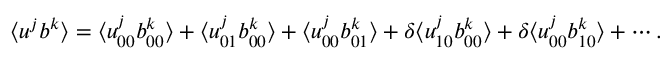
\langle { u ^ { j } b ^ { k } } \rangle = \langle { u _ { 0 0 } ^ { j } b _ { 0 0 } ^ { k } } \rangle + \langle { u _ { 0 1 } ^ { j } b _ { 0 0 } ^ { k } } \rangle + \langle { u _ { 0 0 } ^ { j } b _ { 0 1 } ^ { k } } \rangle + \delta \langle { u _ { 1 0 } ^ { j } b _ { 0 0 } ^ { k } } \rangle + \delta \langle { u _ { 0 0 } ^ { j } b _ { 1 0 } ^ { k } } \rangle + \cdots .